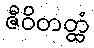
ဇီဝိတတ္ထံ